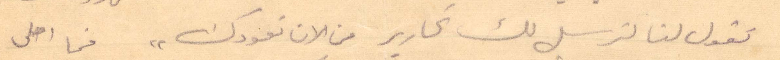
تقول لنا لترسل لك تحارير من الآن تعودك" فما احلى